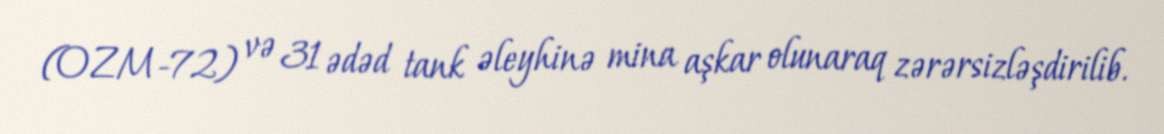
(OZM-72) və 31 ədəd tank əleyhinə mina aşkar olunaraq zərərsizləşdirilib.